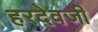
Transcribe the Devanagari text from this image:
हरदेवजी